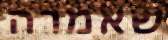
שאמרה